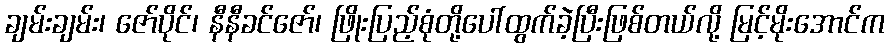
ချမ်းချမ်း၊ ဇော်ပိုင်၊ နီနီခင်ဇော်၊ ဖြိုးပြည့်စုံတို့ပေါ်ထွက်ခဲ့ပြီးဖြစ်တယ်လို့ မြင့်မိုးအောင်က